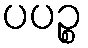
ပပဉ္စ